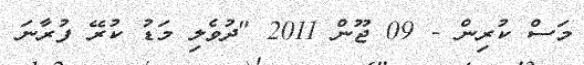
މަސް ކުރިން - 09 ޖޫން 2011 "ދުވެލި މަޑު ކުރޭ ފުރާނަ